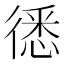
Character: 㣰